Bréfritari: Jón Sölvason
Viðtakandi: Halldór Jónsson
Dagsetning: A-1874-12-13
Skrifað á: Bustarfelli  N-Múl.

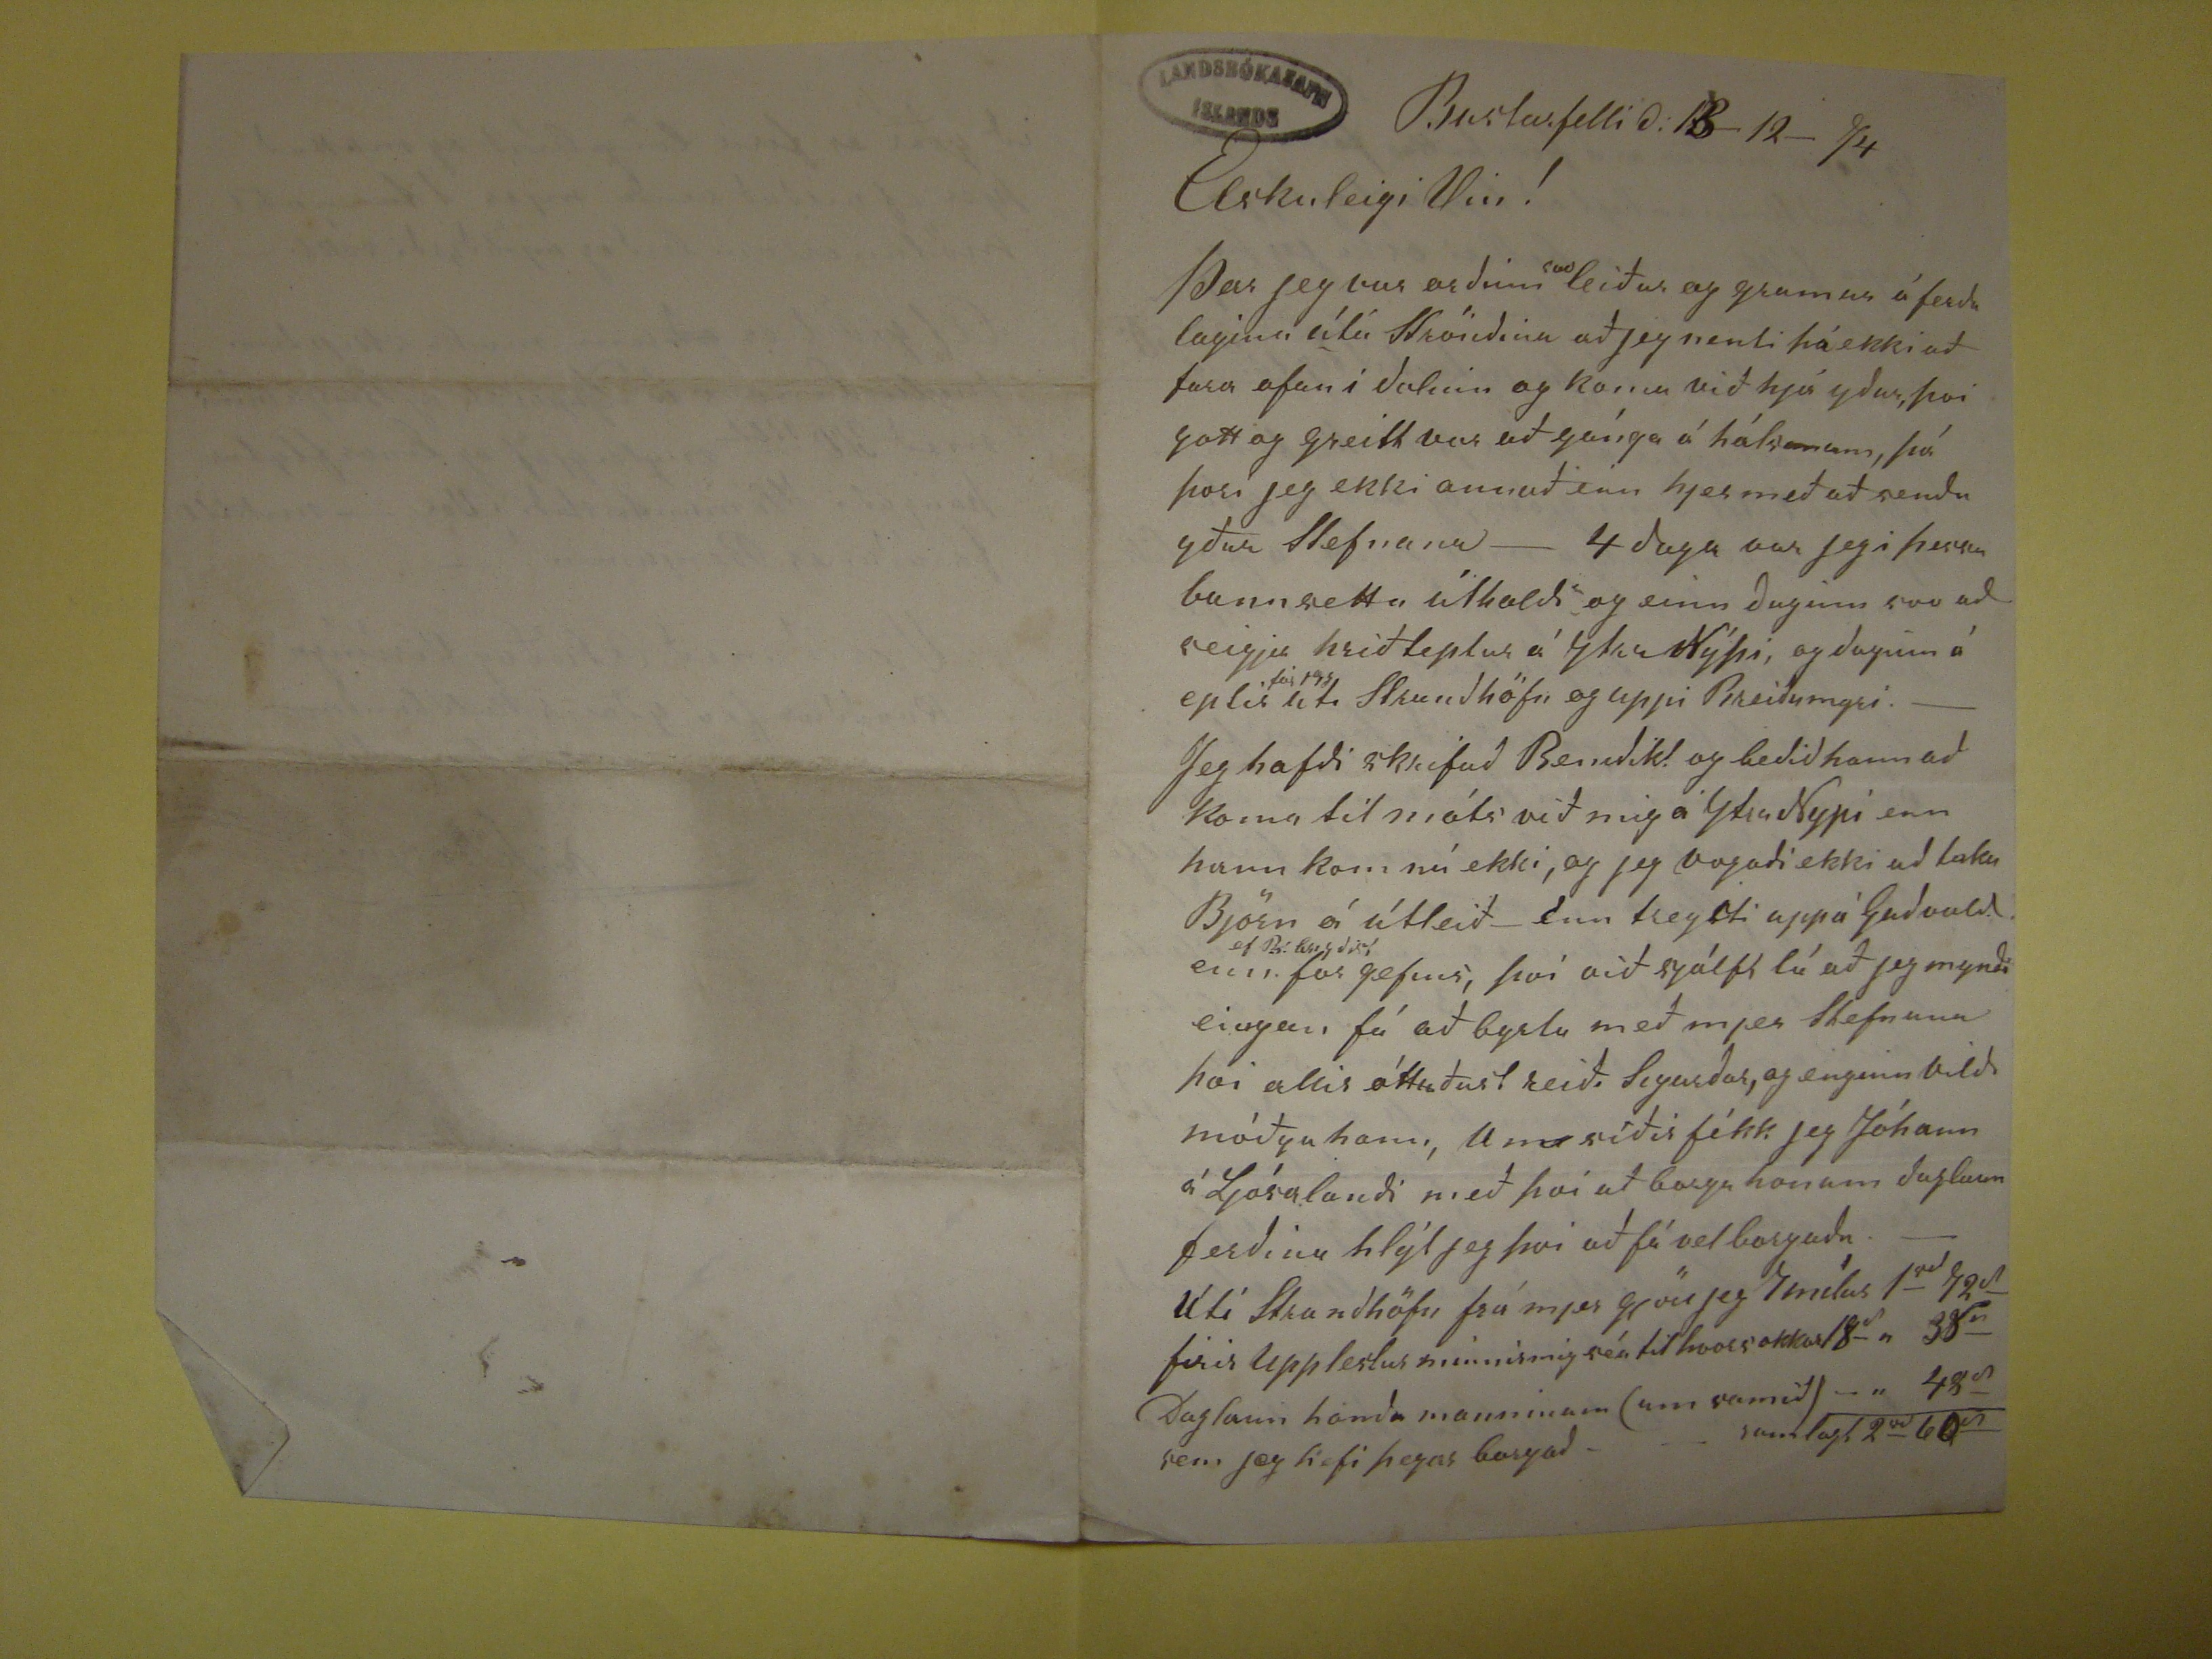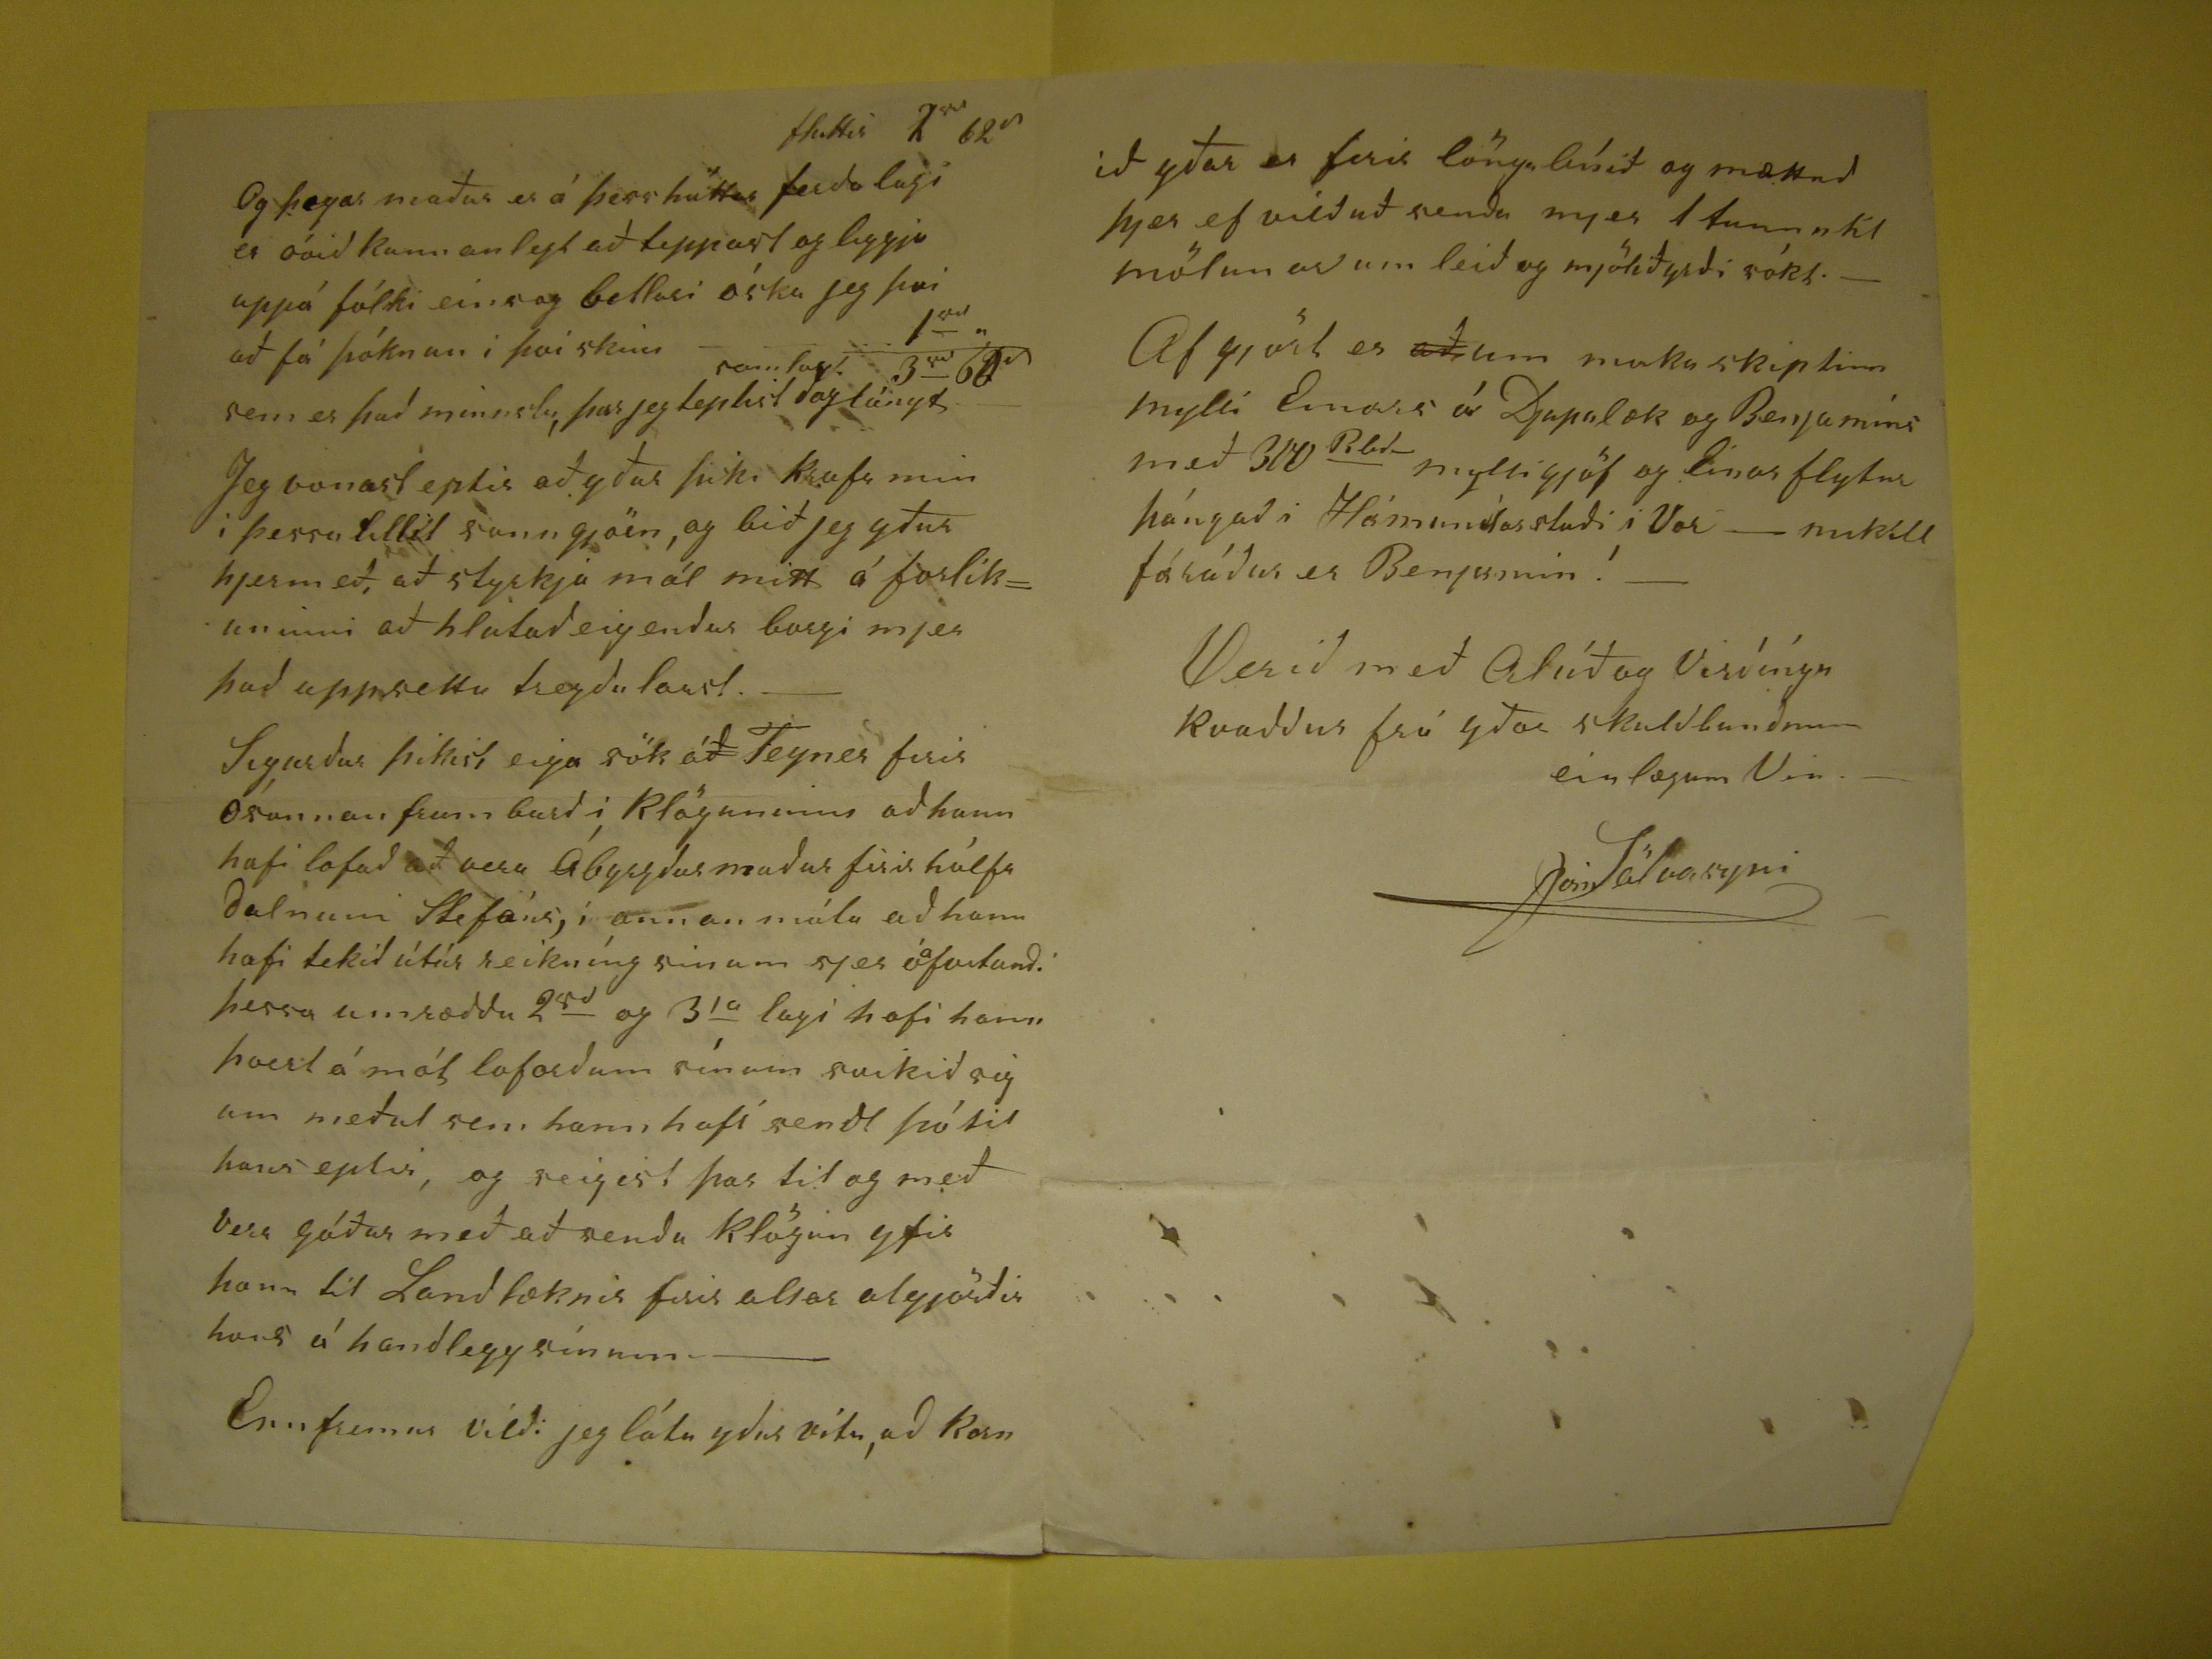

Bustarfelli d: 13-12-74
Elskuleigi Vin!
Þar jeg var orðinn
svo
leiður og gramur á ferðalaginu
útá Ströndina
að jeg nenti þá ekki
að fara ofan í dalinn og koma við hjá yður, þvi gott og greitt var að gánga á hálsonum, þá þori jeg ekki annað enn hjer með að senda yður Stefnana - 4 daga var
jeg í þessu bannsetta útholdi og einn daginn svo að seigja hriðteplur á
Ytra Nýþi
, og daginn á eptir
fór jeg úti Strundhöfn og uppi Breiðumgri.- Jeg hafði skrifað Benedikt og beðið hann að koma til móts við mig á YtraNypi enn hann kom nú ekki, og jeg
vogaði ekki að taka Björn á útleið - Enn teysti uppá Guðvald enn
ef B. lesigðist
fór gefins,
því við sjálft lá að jeg myndi eingan fá að byrla með mjer Stefnuna því allir áttuðust reið. Sigurðar, og enginn vildi móðga hann, Um síðir fékk jeg Jóhann á Ljósalandi
með því að borga honum daglaun ferðina hlýt jeg því að fá vel borgaða.- Úti Strandhöfn frá mjer gjöri jeg 7mílur 1
rd 72
d
firir upplestur
neinnirmig
séu til hvors okkar 18
d
" 38
n
Daglaun handa manninum (um samið)
-" 48
d
sem jeg hefi þegar borgað - - - samlagt 2
rd
60
d
fluttir 2
??
62
d
Og þegar maðru er á þess hattar ferðalagi er óvið kunnanlegt að teppast og liggja uppá fólki eins og betlari óska jeg því að fá þóknun í því skini - - -
rd
,,
samlagt 3
rd
60
d
sem er það minnsta, þar jeg teptist dag lángt Jeg vonast eptir að yður þiki krafa min í þessu tillit sanngjörn, og bið jeg yður
hjermeð, að styrkja mál mitt á forlíkun inni að hlutað eigendur borgi mjer það uppsetta tregðulaust.- Sigurður þikist eiga sök á
ð Teynes firir ósannan frum burð i Klögununni að hann hafi lofað að vera Ábyrgður maður firir hálfa dalnum Stefáns, í annan mála að hann hafi tekið útúr
reikníng sinum sjer ó
a
vitandi þessa umræddu 2
rd
og 3
ia
lagi hafi hann hvert á mál loforðum sínum svikið sig um meðul sem hann hafi sentd þó til
hans eptir, og seigist þar til og með vera góður með að senda klögun yfir hann til Landlæknis firir allar algjörðir hvur á á handlegg sínum - --- Enn fremur vildi
jeg láta yður vita, að kosn
ið yðar er firir löngu leísið og mættuð þjer ef vilduð senda mjer 1 tunnu til mölunar um leið og mjölið yrði sókt.- Af gjört er
að um moku skiptinn myki Einars á Djupalæk og Benjamíns með 310
Rbd-
mylli gjöf og Einar
flytur þángað i Hámundarstaði i Vor --- mikill fáráður er Benjamin ! --
Verið með Alúð og Virðíngu kvaddur frá yður skuldbundnum
einlægum Vin.-
Jóni Sölvasyni